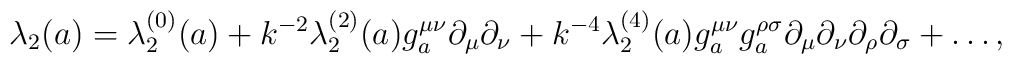
\lambda_{2}(a) = \lambda_{2}^{(0)}(a) + k^{-2}\lambda_{2}^{(2)}(a) g_a^{\mu \nu} \partial_{\mu} \partial_{\nu} + k^{-4}\lambda_{2}^{(4)}(a) g_a^{\mu \nu} g_a^{\rho \sigma} \partial_\mu \partial_\nu \partial_\rho\partial_\sigma + \ldots ,